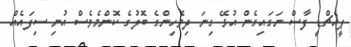
ޕީއެޗްޑީ ފާސް ނަގައިގެން އުޅޭ ގިނަ ދިވެހިންގެ ބޮލުގެ ކޮންމެވެސް އުނި ސިފައެއް